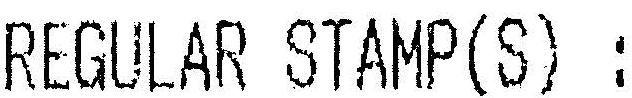
REGULAR STAMP(S) :